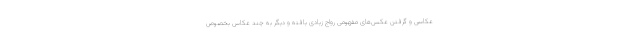
عکاسی و گرفتن عکس‌های مفهومی رواج زیادی یافته و دیگر به چند عکاس بخصوص